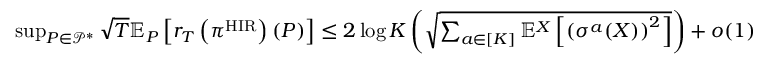
\begin{array} { r l } & { \operatorname* { s u p } _ { P \in \mathcal { P } ^ { * } } \sqrt { T } \mathbb { E } _ { P } \left[ r _ { T } \left( \pi ^ { \mathrm { H I R } } \right) ( P ) \right] \leq 2 \log K \left( \sqrt { \sum _ { a \in [ K ] } \mathbb { E } ^ { X } \left[ \left( \sigma ^ { a } ( X ) \right) ^ { 2 } \right] } \right) + o ( 1 ) } \end{array}